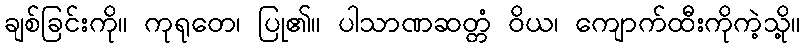
ချစ်ခြင်းကို။ ကုရုတေ၊ ပြု၏။ ပါသာဏဆတ္တံ ဝိယ၊ ကျောက်ထီးကိုကဲ့သို့။